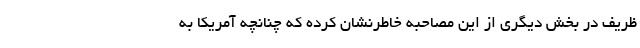
ظریف در بخش دیگری از این مصاحبه خاطرنشان کرده که چنانچه آمریکا به